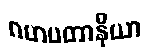
ဂဟပတာနိယာ